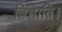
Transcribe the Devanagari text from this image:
विभाति।